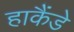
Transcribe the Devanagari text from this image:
हाकैंडे